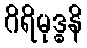
ဂိရိမုဒ္ဓနိ